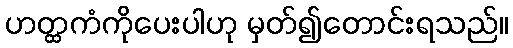
ဟတ္ထကံကိုပေးပါဟု မှတ်၍တောင်းရသည်။